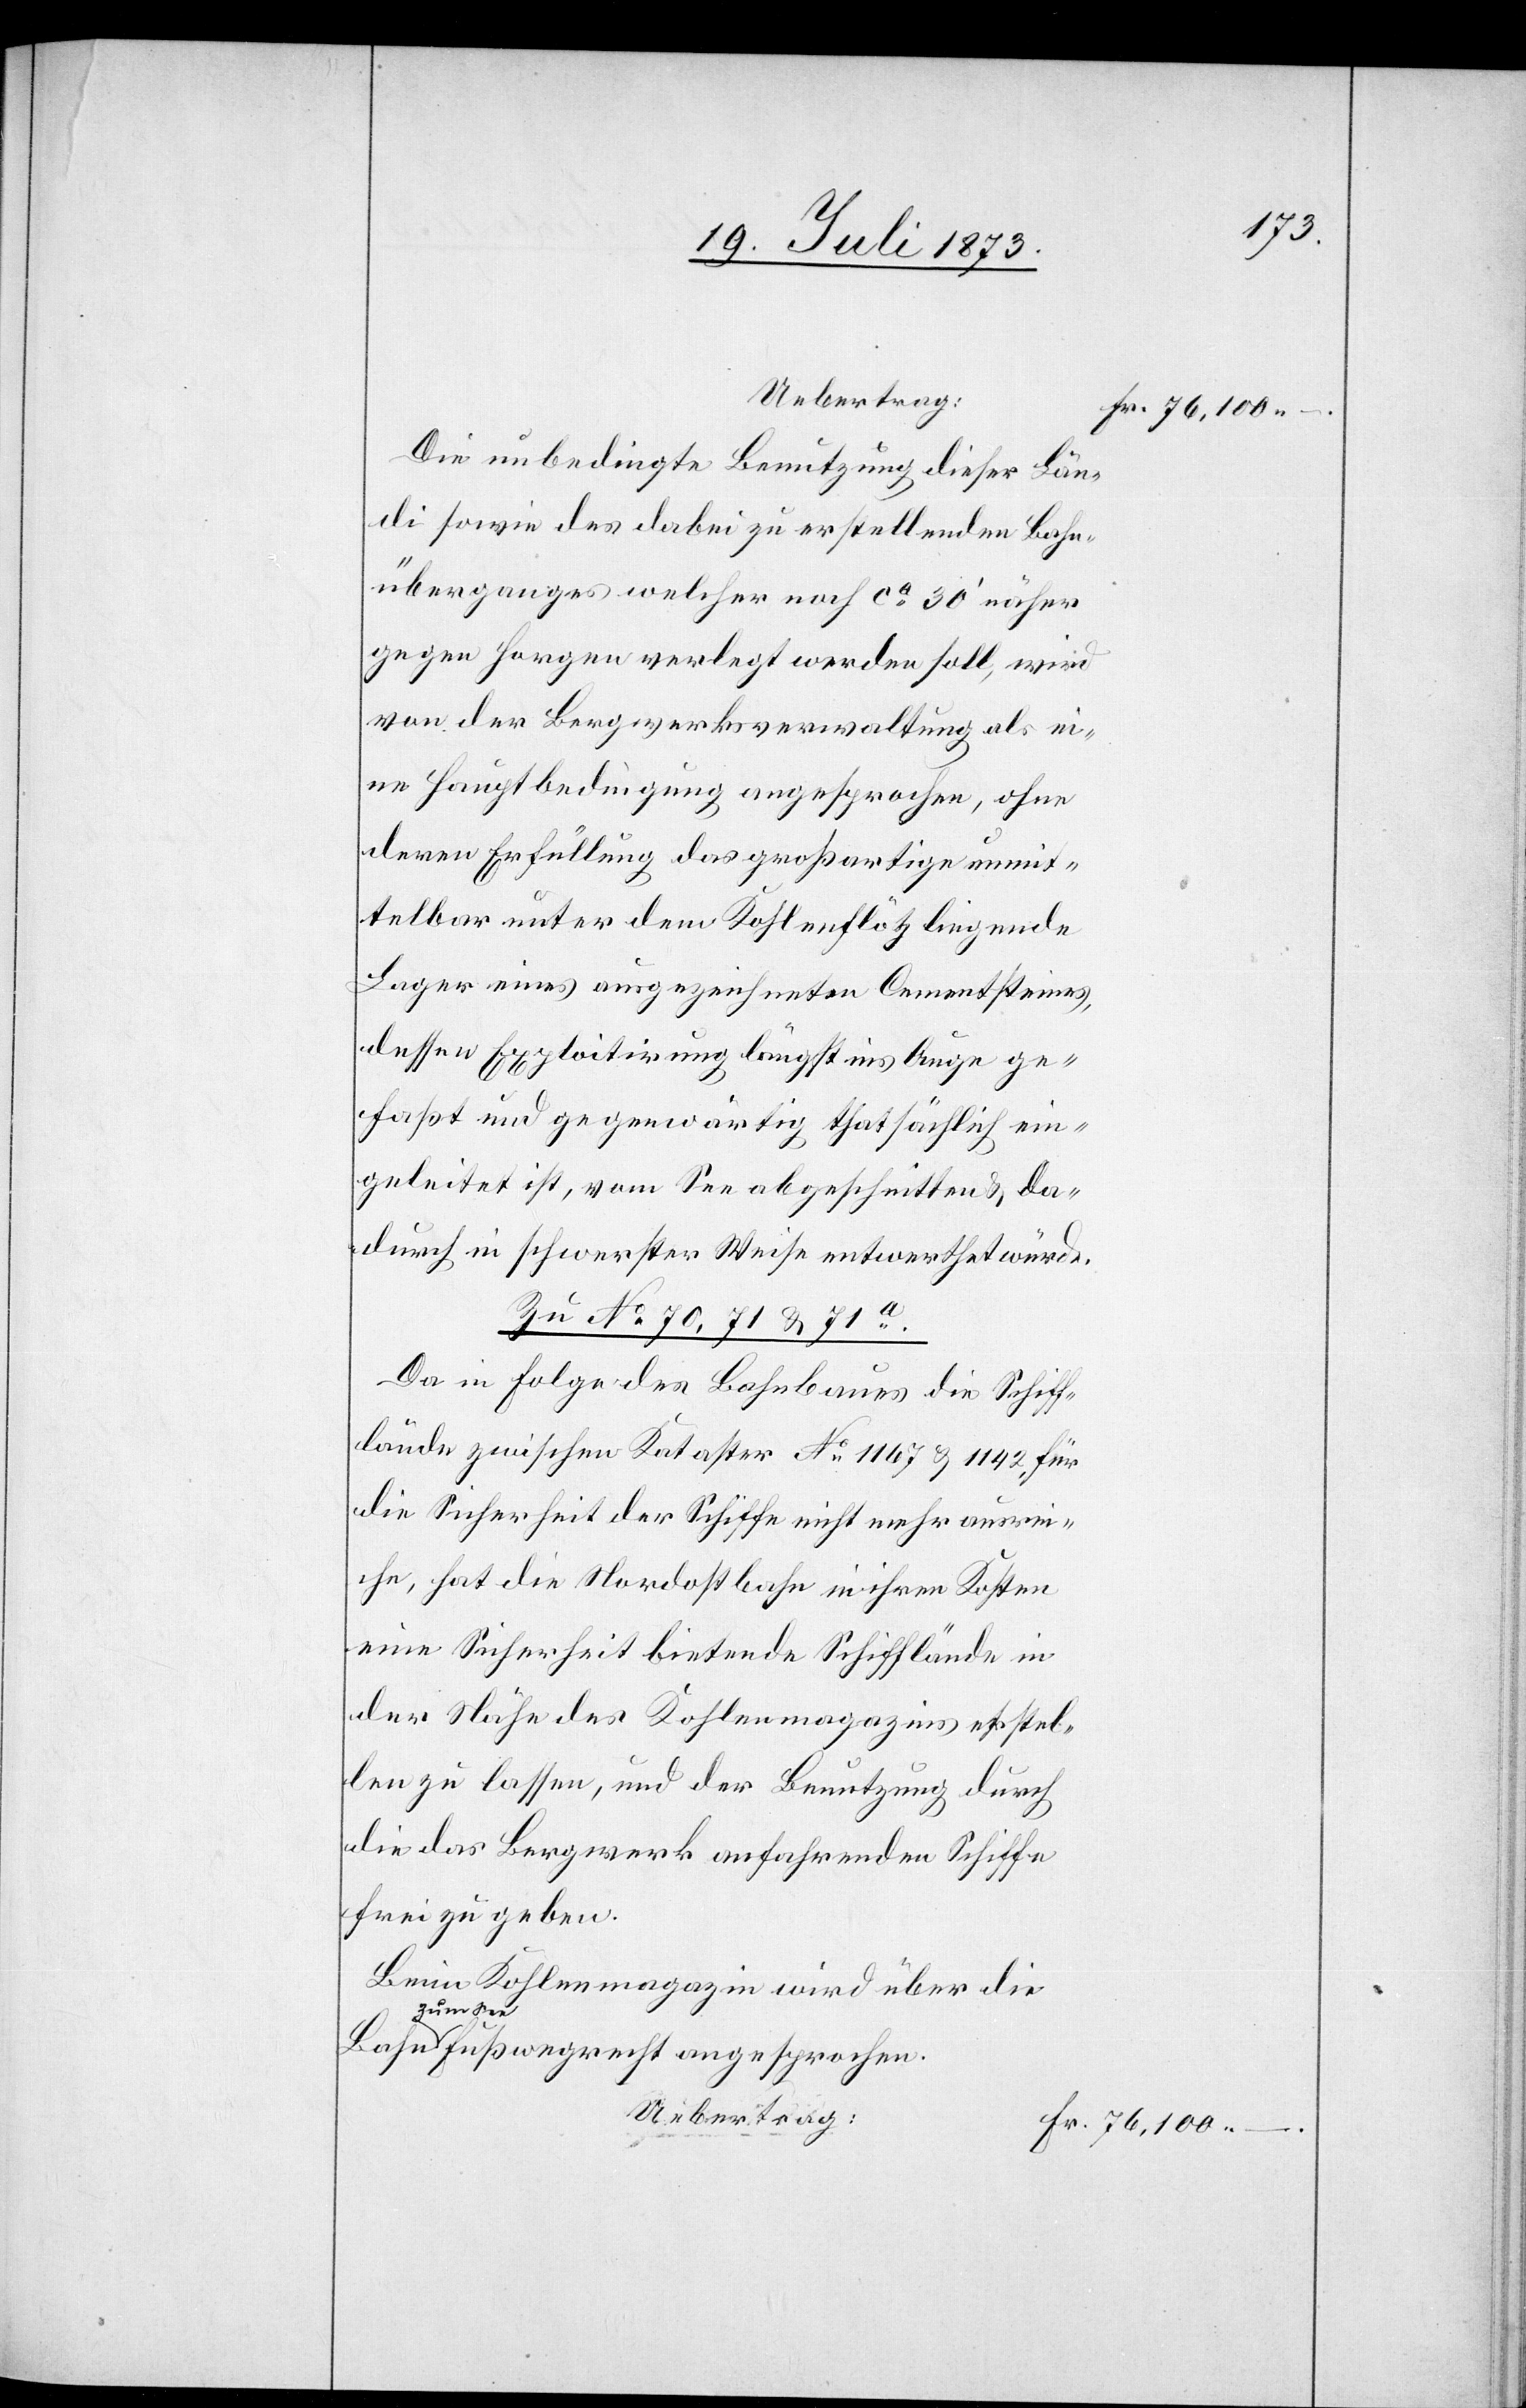
Uebertrag:
Die unbedingte Benutzung dieser Län¬
di sowie des dabei zu erstellenden Bahn¬
überganges welcher noch ca 30‘ näher
gegen Horgen verlegt werden soll, wird
von der Bergwerksverwaltung als ei¬
ne Hauptbedingung angesprochen, ohne
deren Erfüllung das großartige unmit¬
telbar unter dem Kohlenflötz liegende
Lager eines ausgezeichneten Cementsteines,
dessen Exploitirung längst ins Auge ge¬
faßt und gegenwärtig thatsächlich ein¬
geleitet ist, vom See abgeschnitten & da¬
durch in schwerster Weise entwerthet würde.
Zu No 70, 71 & 71a.
Da in Folge des Bahnbaues die Schiff¬
lände zwischen Kataster No 1 167 & 1 142 für
die Sicherheit der Schiffe nicht mehr ausre¬
iche, hat die Nordostbahn in ihren Kosten
eine Sicherheit bietende Schifflände in
der Nähe des Kohlenmagazins erstel¬
len zu lassen, und der Benutzung durch
die das Bergwerk anfahrenden Schiffe
frei zu geben.
Beim Kohlenmagazin wird über die
Bahn zum
See Fußwegrecht angesprochen.